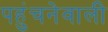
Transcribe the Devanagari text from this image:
पहुंचनेवाली